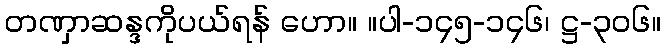
တဏှာဆန္ဒကိုပယ်ရန် ဟော။ ။ပါ-၁၄၅-၁၄၆၊ ဋ္ဌ-၃၀၆။